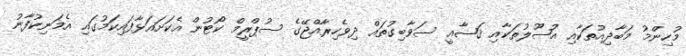
މުހިންމު މަބާދިއުތަކާއި އުޞޫލުތަކާއި ޤަޟާއީ ސަވާބިގުތައް ދިވެހިރާއްޖޭގެ ސުޕްރީމް ކޯޓުން އެކަށައަޅާފައިކަމުގައި އެމަނިކުފާނު